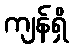
ကျန်ရှိ